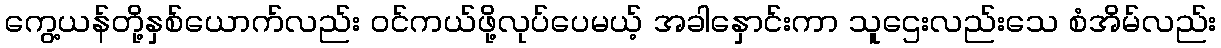
ကွေ့ယန်တို့နှစ်ယောက်လည်း ဝင်ကယ်ဖို့လုပ်ပေမယ့် အခါနှောင်းကာ သူဌေးလည်းသေ စံအိမ်လည်း